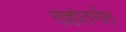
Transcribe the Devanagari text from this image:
तहांतर्गत